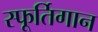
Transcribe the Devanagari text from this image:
स्फूर्तिगान